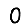
Digit: 0